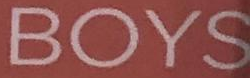
BOYS